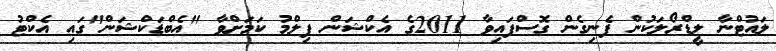
ލައުޓްނާ ލީޑްރޯލަކުން ފެނިގެން ގޮސްފައިވާ 2011ގެ އެކްޝަން ފިލްމު ކަމަށްވާ "އެބްޑަކްޝަން"ގައި އެކްޓު